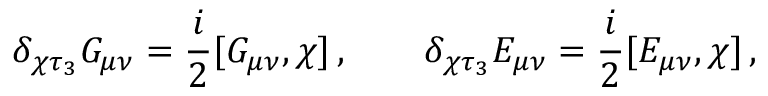
\delta _ { \chi \tau _ { 3 } } G _ { \mu \nu } = \frac i 2 [ G _ { \mu \nu } , \chi ] \, , \qquad \delta _ { \chi \tau _ { 3 } } E _ { \mu \nu } = \frac i 2 [ E _ { \mu \nu } , \chi ] \, ,